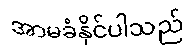
အာမခံနိုင်ပါသည်